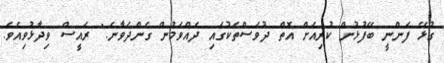
ގުޅޭ ފަންނީ ބޭފުޅުން ކުރިއަށް އޮތް ދުވަސްތަކުގައި ދެއްވަމުން ގެންދަވާނެ." ރައީސް ވިދާޅުވިއެވެ.